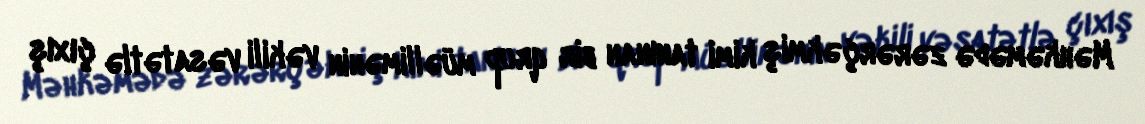
Məhkəmədə zərərçəkmiş kimi tanınan bir qrup müəllimənin vəkili vəsatətlə çıxış